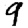
Digit: 9